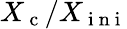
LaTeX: X_{\mathrm{~c~}}/X_{\mathrm{~i~n~i~}}